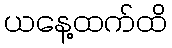
ယနေ့ထက်ထိ